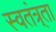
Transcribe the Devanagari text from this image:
स्वतंत्र्ता